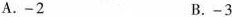
A.-2 B.-3